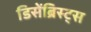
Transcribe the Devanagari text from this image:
डिसेंब्रिस्ट्स